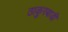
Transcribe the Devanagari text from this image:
ठाकुरबाडी